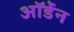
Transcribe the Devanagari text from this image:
ऑर्डेन